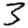
Digit: 3